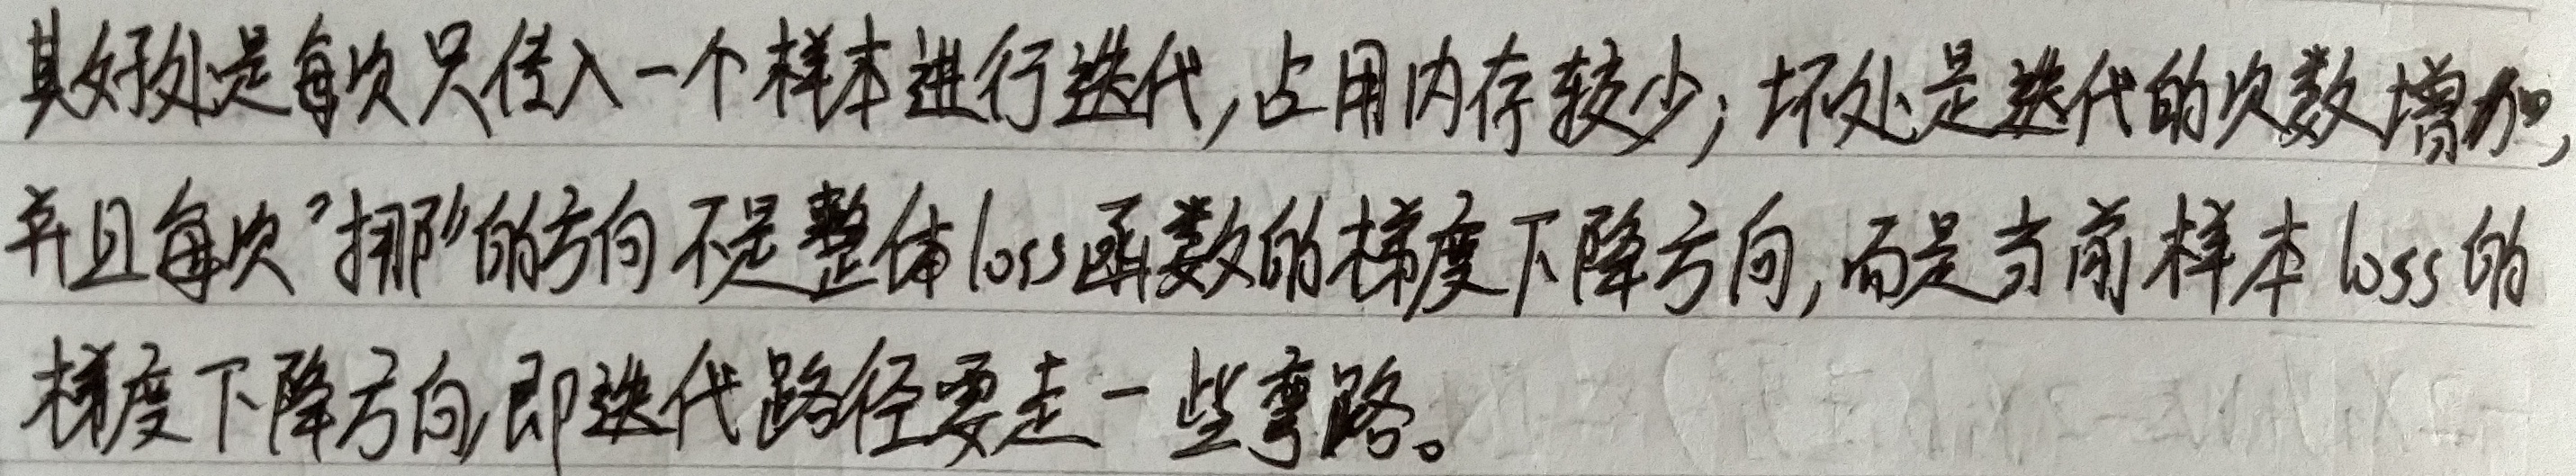
其好处是每次只传入一个样本进行迭代,占用内存较少; 坏处是迭代的次数增加,并且每次"挪动"的方向不是整体loss函数的梯度下降方向,而是当前样本loss的梯度下降方向,即迭代路径要走一些弯路。